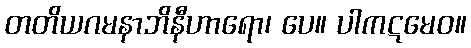
တတိယဂမနာဘိနီဟာရော၊ ပေ။ ပါကဋမေဝ။